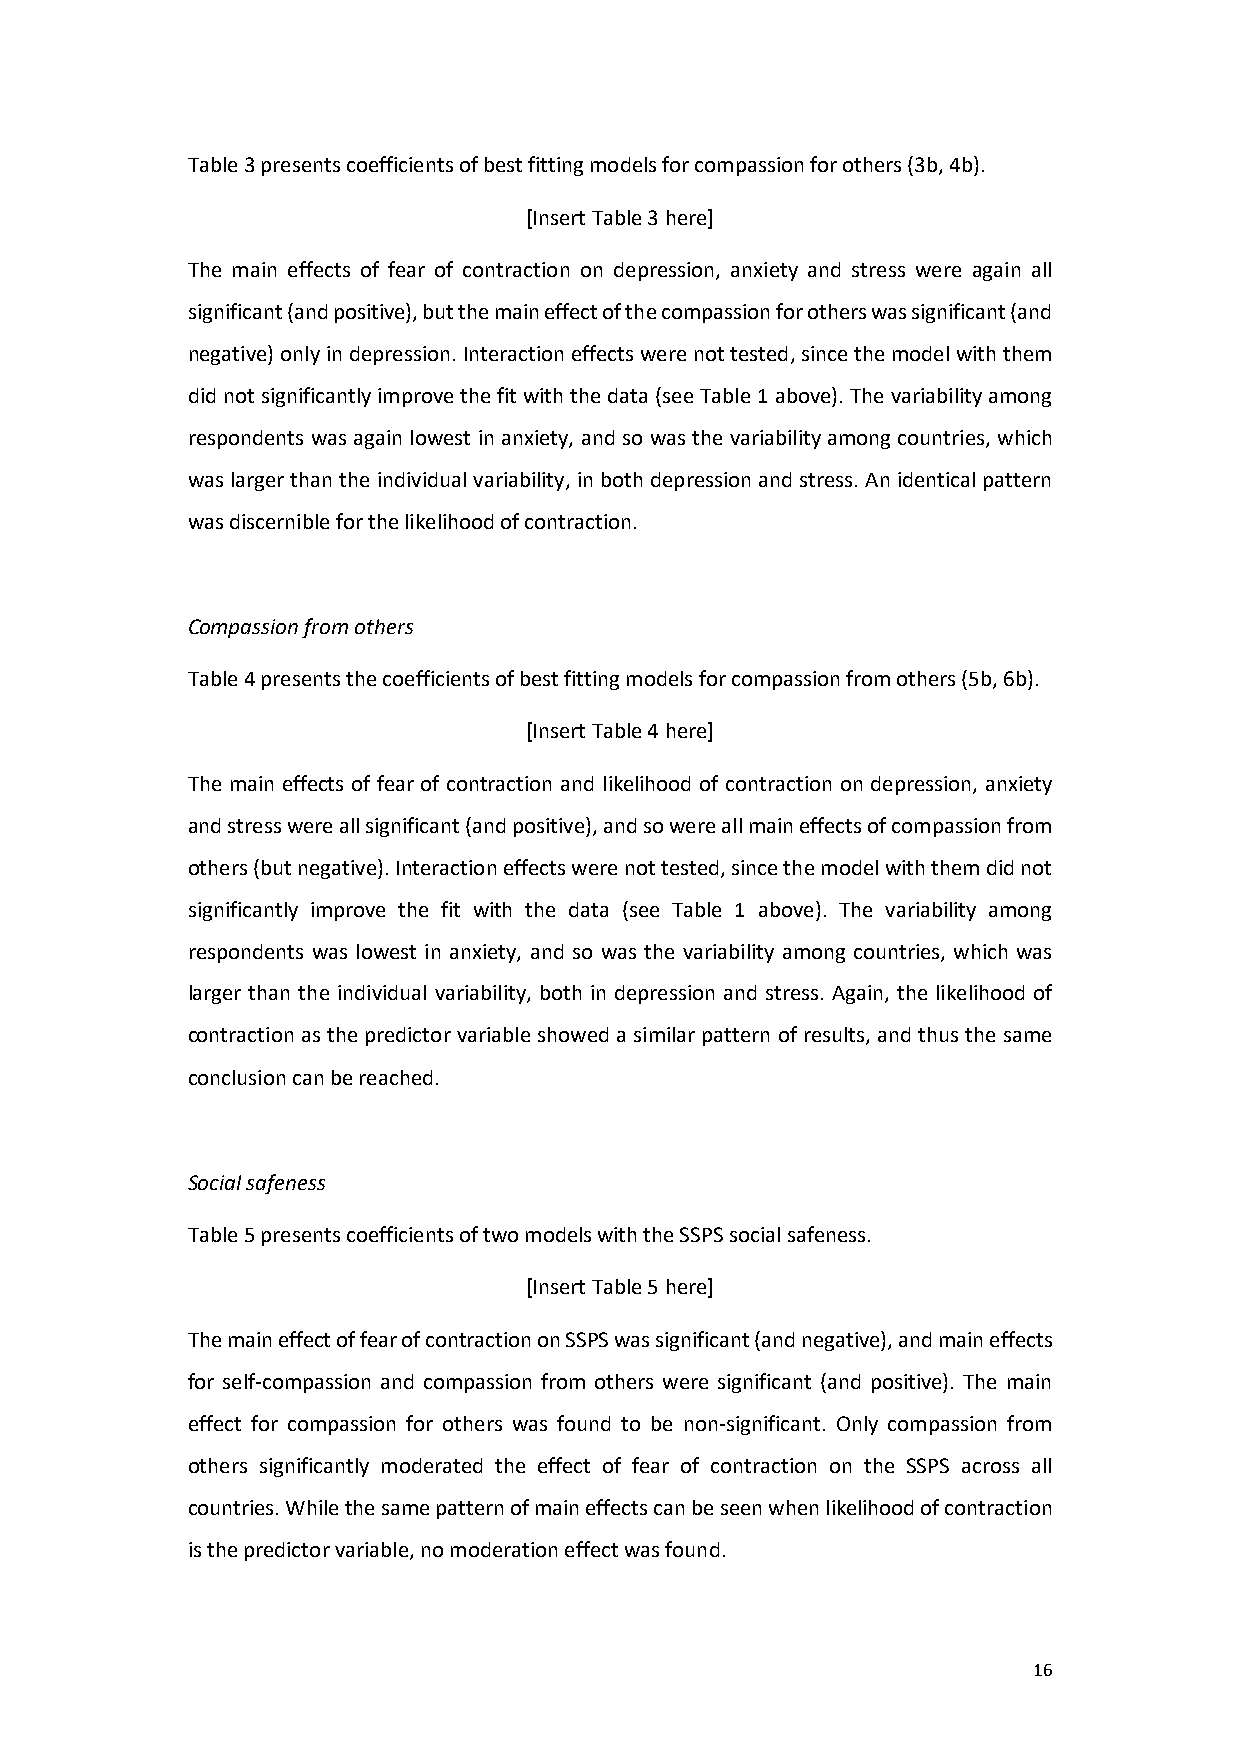
Table 3 presents coefficients of best fitting models for compassion for others (3b, 4b).
 [Insert Table 3 here]
 The main effects of fear of contraction on depression, anxiety and stress were again all
 significant (and positive), but the main effect of the compassion for others was significant (and
 negative) only in depression. Interaction effects were not tested, since the model with them
 did not significantly improve the fit with the data (see Table 1 above). The variability among
 respondents was again lowest in anxiety, and so was the variability among countries, which
 was larger than the individual variability, in both depression and stress. An identical pattern
 was discernible for the likelihood of contraction.
 Compassion from others
 Table 4 presents the coefficients of best fitting models for compassion from others (5b, 6b).
 [Insert Table 4 here]
 The main effects of fear of contraction and likelihood of contraction on depression, anxiety
 and stress were all significant (and positive), and so were all main effects of compassion from
 others (but negative). Interaction effects were not tested, since the model with them did not
 significantly improve the fit with the data (see Table 1 above). The variability among
 respondents was lowest in anxiety, and so was the variability among countries, which was
 larger than the individual variability, both in depression and stress. Again, the likelihood of
 contraction as the predictor variable showed a similar pattern of results, and thus the same
 conclusion can be reached.
 Social safeness
 Table 5 presents coefficients of two models with the SSPS social safeness.
 [Insert Table 5 here]
 The main effect of fear of contraction on SSPS was significant (and negative), and main effects
 for self-compassion and compassion from others were significant (and positive). The main
 effect for compassion for others was found to be non-significant. Only compassion from
 others significantly moderated the effect of fear of contraction on the SSPS across all
 countries. While the same pattern of main effects can be seen when likelihood of contraction
 is the predictor variable, no moderation effect was found.
 16